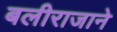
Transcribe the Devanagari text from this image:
बलीराजाने